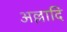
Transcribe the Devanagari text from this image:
अल्लादि